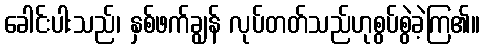
ခေါင်းပါးသည်၊ နှစ်ဖက်ချွန် လုပ်တတ်သည်ဟုစွပ်စွဲခဲ့ကြ၏။